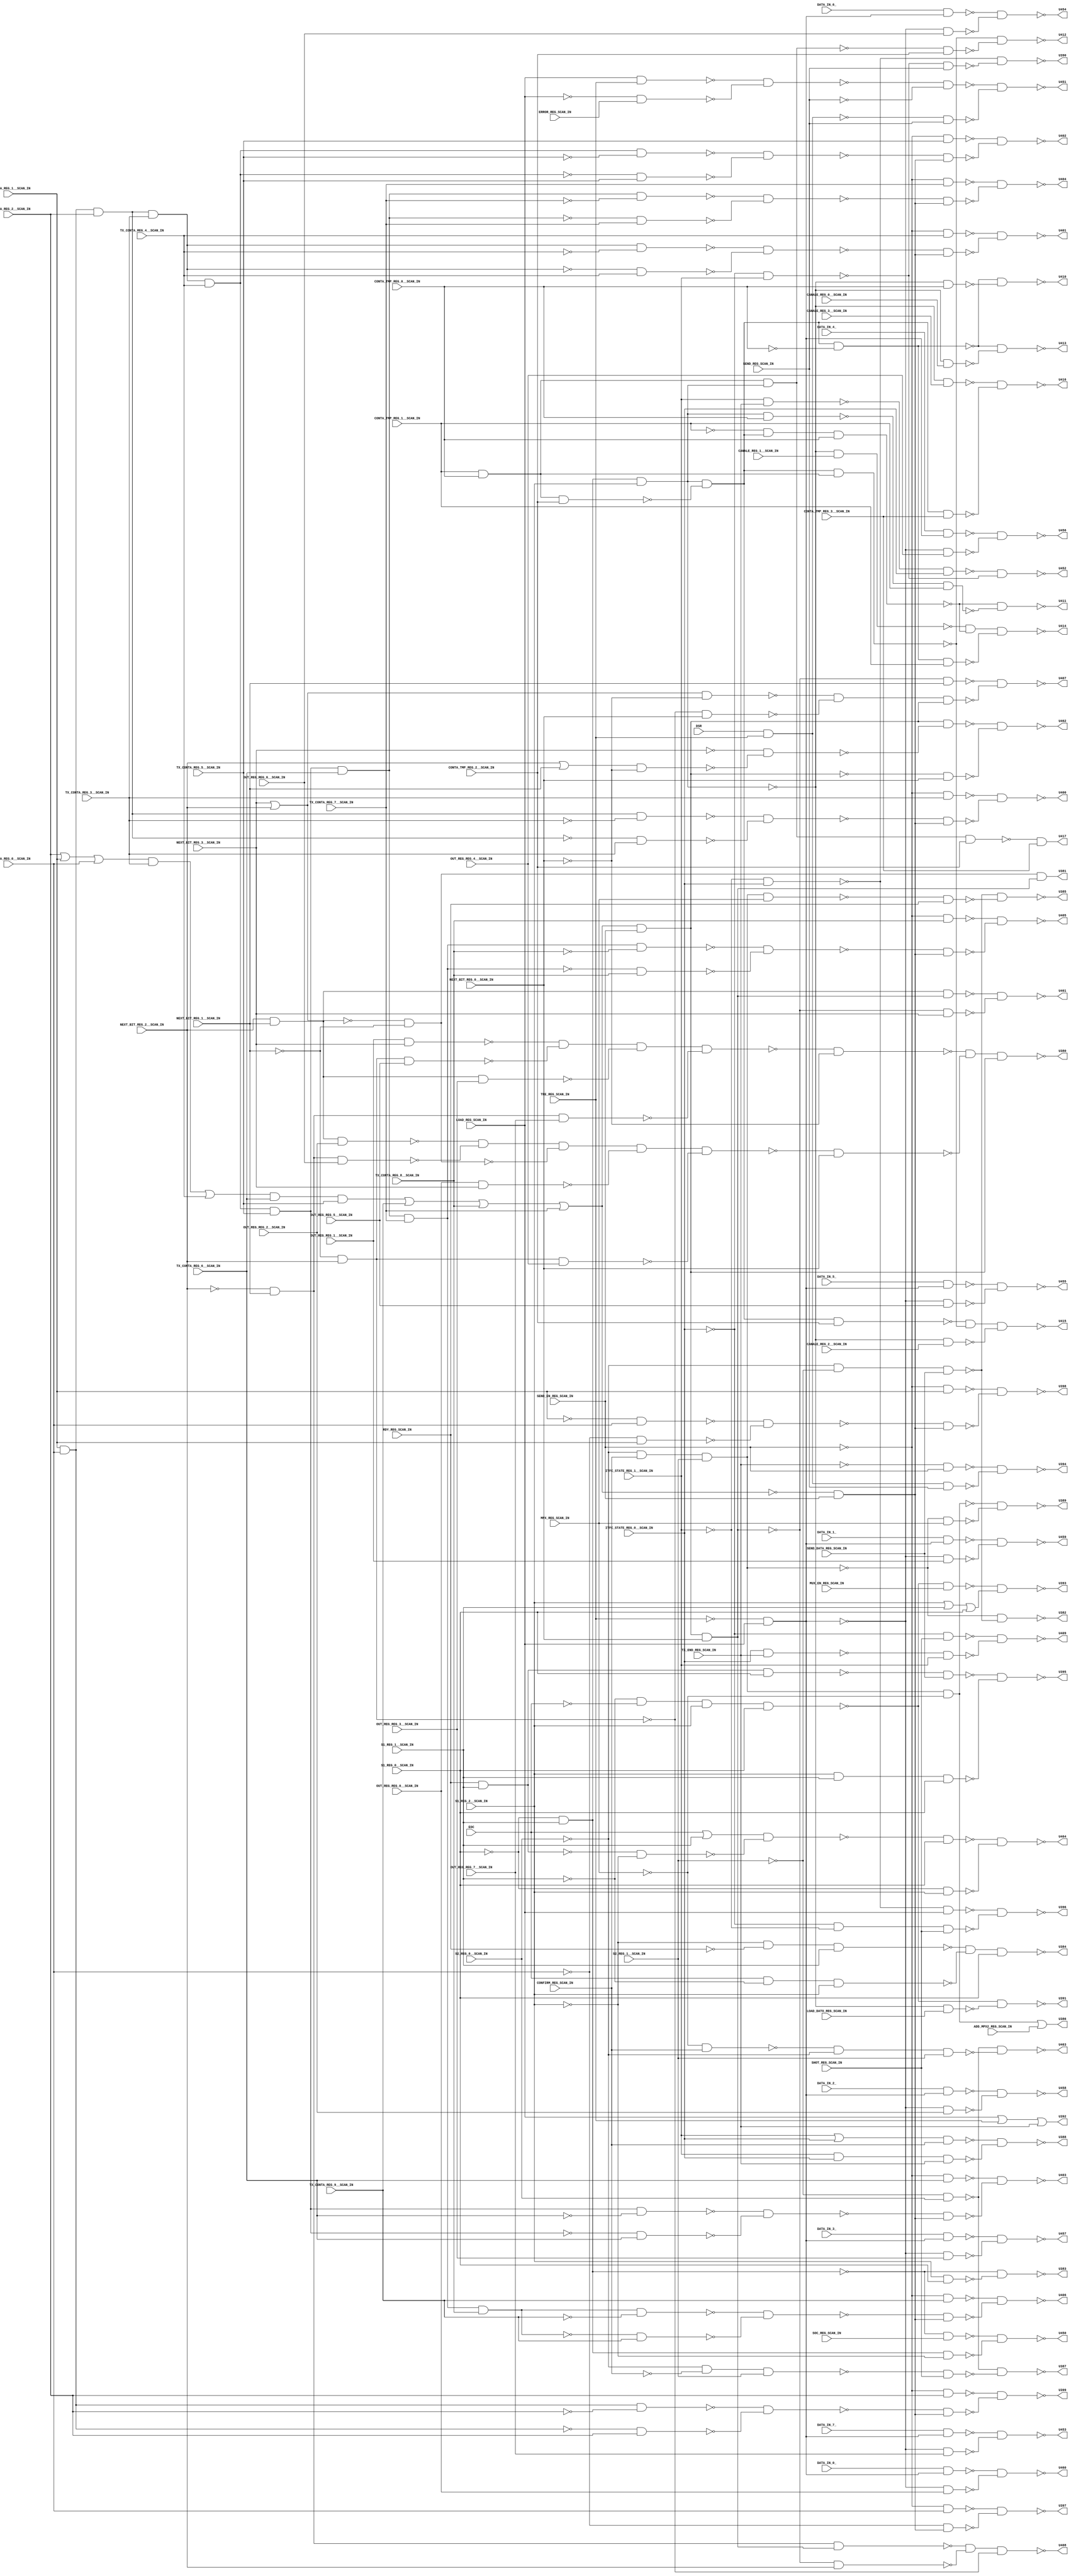
module b13_C( EOC, DATA_IN_7_, DATA_IN_6_, DATA_IN_5_, DATA_IN_4_, DATA_IN_3_, DATA_IN_2_, DATA_IN_1_, DATA_IN_0_, DSR, TX_END_REG_SCAN_IN, S2_REG_0__SCAN_IN, S2_REG_1__SCAN_IN, CANALE_REG_3__SCAN_IN, CANALE_REG_2__SCAN_IN, CANALE_REG_1__SCAN_IN, CANALE_REG_0__SCAN_IN, CONTA_TMP_REG_3__SCAN_IN, CONTA_TMP_REG_2__SCAN_IN, CONTA_TMP_REG_1__SCAN_IN, CONTA_TMP_REG_0__SCAN_IN, ITFC_STATE_REG_1__SCAN_IN, ITFC_STATE_REG_0__SCAN_IN, OUT_REG_REG_7__SCAN_IN, OUT_REG_REG_6__SCAN_IN, OUT_REG_REG_5__SCAN_IN, OUT_REG_REG_4__SCAN_IN, OUT_REG_REG_3__SCAN_IN, OUT_REG_REG_2__SCAN_IN, OUT_REG_REG_1__SCAN_IN, OUT_REG_REG_0__SCAN_IN, NEXT_BIT_REG_3__SCAN_IN, NEXT_BIT_REG_2__SCAN_IN, NEXT_BIT_REG_1__SCAN_IN, NEXT_BIT_REG_0__SCAN_IN, TX_CONTA_REG_9__SCAN_IN, TX_CONTA_REG_8__SCAN_IN, TX_CONTA_REG_7__SCAN_IN, TX_CONTA_REG_6__SCAN_IN, TX_CONTA_REG_5__SCAN_IN, TX_CONTA_REG_4__SCAN_IN, TX_CONTA_REG_3__SCAN_IN, TX_CONTA_REG_2__SCAN_IN, TX_CONTA_REG_1__SCAN_IN, TX_CONTA_REG_0__SCAN_IN, LOAD_REG_SCAN_IN, SEND_DATA_REG_SCAN_IN, SEND_EN_REG_SCAN_IN, MUX_EN_REG_SCAN_IN, TRE_REG_SCAN_IN, LOAD_DATO_REG_SCAN_IN, SOC_REG_SCAN_IN, SEND_REG_SCAN_IN, MPX_REG_SCAN_IN, CONFIRM_REG_SCAN_IN, SHOT_REG_SCAN_IN, ADD_MPX2_REG_SCAN_IN, RDY_REG_SCAN_IN, ERROR_REG_SCAN_IN, S1_REG_2__SCAN_IN, S1_REG_1__SCAN_IN, S1_REG_0__SCAN_IN, U380, U381, U382, U383, U384, U385, U386, U387, U388, U389, U390, U391, U392, U393, U394, U395, U396, U397, U398, U399, U400, U401, U402, U403, U404, U405, U406, U407, U408, U409, U410, U411, U412, U413, U414, U415, U416, U417, U450, U451, U452, U453, U454, U455, U456, U457, U458, U459, U460, U461, U462, U463, U464); 
input EOC, DATA_IN_7_, DATA_IN_6_, DATA_IN_5_, DATA_IN_4_, DATA_IN_3_, DATA_IN_2_, DATA_IN_1_, DATA_IN_0_, DSR, TX_END_REG_SCAN_IN, S2_REG_0__SCAN_IN, S2_REG_1__SCAN_IN, CANALE_REG_3__SCAN_IN, CANALE_REG_2__SCAN_IN, CANALE_REG_1__SCAN_IN, CANALE_REG_0__SCAN_IN, CONTA_TMP_REG_3__SCAN_IN, CONTA_TMP_REG_2__SCAN_IN, CONTA_TMP_REG_1__SCAN_IN, CONTA_TMP_REG_0__SCAN_IN, ITFC_STATE_REG_1__SCAN_IN, ITFC_STATE_REG_0__SCAN_IN, OUT_REG_REG_7__SCAN_IN, OUT_REG_REG_6__SCAN_IN, OUT_REG_REG_5__SCAN_IN, OUT_REG_REG_4__SCAN_IN, OUT_REG_REG_3__SCAN_IN, OUT_REG_REG_2__SCAN_IN, OUT_REG_REG_1__SCAN_IN, OUT_REG_REG_0__SCAN_IN, NEXT_BIT_REG_3__SCAN_IN, NEXT_BIT_REG_2__SCAN_IN, NEXT_BIT_REG_1__SCAN_IN, NEXT_BIT_REG_0__SCAN_IN, TX_CONTA_REG_9__SCAN_IN, TX_CONTA_REG_8__SCAN_IN, TX_CONTA_REG_7__SCAN_IN, TX_CONTA_REG_6__SCAN_IN, TX_CONTA_REG_5__SCAN_IN, TX_CONTA_REG_4__SCAN_IN, TX_CONTA_REG_3__SCAN_IN, TX_CONTA_REG_2__SCAN_IN, TX_CONTA_REG_1__SCAN_IN, TX_CONTA_REG_0__SCAN_IN, LOAD_REG_SCAN_IN, SEND_DATA_REG_SCAN_IN, SEND_EN_REG_SCAN_IN, MUX_EN_REG_SCAN_IN, TRE_REG_SCAN_IN, LOAD_DATO_REG_SCAN_IN, SOC_REG_SCAN_IN, SEND_REG_SCAN_IN, MPX_REG_SCAN_IN, CONFIRM_REG_SCAN_IN, SHOT_REG_SCAN_IN, ADD_MPX2_REG_SCAN_IN, RDY_REG_SCAN_IN, ERROR_REG_SCAN_IN, S1_REG_2__SCAN_IN, S1_REG_1__SCAN_IN, S1_REG_0__SCAN_IN; 
output U380, U381, U382, U383, U384, U385, U386, U387, U388, U389, U390, U391, U392, U393, U394, U395, U396, U397, U398, U399, U400, U401, U402, U403, U404, U405, U406, U407, U408, U409, U410, U411, U412, U413, U414, U415, U416, U417, U450, U451, U452, U453, U454, U455, U456, U457, U458, U459, U460, U461, U462, U463, U464; 
wire U375, U376, U377, U378, U379, U418, U419, U420, U421, U422, U423, U424, U425, U426, U427, U428, U429, U430, U431, U432, U433, U434, U435, U436, U437, U438, U439, U440, U441, U442, U443, U444, U445, U446, U447, U448, U449, U465, U466, U467, U468, U469, U470, U471, U472, U473, U474, U475, U476, U477, U478, U479, U480, U481, U482, U483, U484, U485, U486, U487, U488, U489, U490, U491, U492, U493, U494, U495, U496, U497, U498, U499, U500, U501, U502, U503, U504, U505, U506, U507, U508, U509, U510, U511, U512, U513, U514, U515, U516, U517, U518, U519, U520, U521, U522, U523, U524, U525, U526, U527, U528, U529, U530, U531, U532, U533, U534, U535, U536, U537, U538, U539, U540, U541, U542, U543, U544, U545, U546, U547, U548, U549, U550, U551, U552, U553, U554, U555, U556, U557, U558, U559, U560, U561, U562, U563, U564, U565, U566, U567, U568, U569, U570, U571, U572, U573, U574, U575, U576, U577, U578, U579, U580, U581, U582, U583, U584, U585, U586, U587, U588, U589, U590, U591, U592, U593, U594, U595, U596, U597, U598, U599, U600, U601, U602, U603, U604, U605, ADD_291_U5, ADD_291_U6, ADD_291_U7, ADD_291_U8, ADD_291_U9, ADD_291_U10, ADD_291_U11, ADD_291_U12, ADD_291_U13, ADD_291_U14, ADD_291_U15, ADD_291_U16, ADD_291_U17, ADD_291_U18, ADD_291_U19, ADD_291_U20, ADD_291_U21, ADD_291_U22, ADD_291_U23, ADD_291_U24, ADD_291_U25, ADD_291_U26, ADD_291_U27, ADD_291_U28, ADD_291_U29, ADD_291_U30, ADD_291_U31, ADD_291_U32, ADD_291_U33, ADD_291_U34, ADD_291_U35, ADD_291_U36, ADD_291_U37, ADD_291_U38, ADD_291_U39, ADD_291_U40, ADD_291_U41, ADD_291_U42, ADD_291_U43, ADD_291_U44, ADD_291_U45, ADD_291_U46, ADD_291_U47, ADD_291_U48, ADD_291_U49, ADD_291_U50, ADD_291_U51, ADD_291_U52, ADD_291_U53, ADD_291_U54, ADD_291_U55, ADD_291_U56, ADD_291_U57, GT_255_U6, GT_255_U7, GT_255_U8, GT_255_U9, GT_255_U10; 
assign U377 = NEXT_BIT_REG_2__SCAN_IN & NEXT_BIT_REG_1__SCAN_IN; 
assign U379 = CONTA_TMP_REG_1__SCAN_IN & CONTA_TMP_REG_0__SCAN_IN; 
assign U392 = LOAD_REG_SCAN_IN | TRE_REG_SCAN_IN | TX_END_REG_SCAN_IN; 
assign U418 = ~CONTA_TMP_REG_0__SCAN_IN; 
assign U419 = ~SEND_EN_REG_SCAN_IN; 
assign U422 = ~NEXT_BIT_REG_0__SCAN_IN; 
assign U424 = NEXT_BIT_REG_3__SCAN_IN | NEXT_BIT_REG_2__SCAN_IN; 
assign U425 = ~ITFC_STATE_REG_0__SCAN_IN; 
assign U426 = ~LOAD_REG_SCAN_IN; 
assign U427 = ~S1_REG_0__SCAN_IN; 
assign U428 = ~S1_REG_1__SCAN_IN; 
assign U429 = ~S1_REG_2__SCAN_IN; 
assign U430 = ~RDY_REG_SCAN_IN; 
assign U431 = ~(RDY_REG_SCAN_IN & S1_REG_1__SCAN_IN); 
assign U432 = ~SEND_REG_SCAN_IN; 
assign U433 = ~TRE_REG_SCAN_IN; 
assign U435 = ~ITFC_STATE_REG_1__SCAN_IN; 
assign U436 = ~S2_REG_1__SCAN_IN; 
assign U437 = ~CONFIRM_REG_SCAN_IN; 
assign U438 = ~MPX_REG_SCAN_IN; 
assign U440 = ~TX_END_REG_SCAN_IN; 
assign U441 = ~S2_REG_0__SCAN_IN; 
assign U442 = ~CONTA_TMP_REG_1__SCAN_IN; 
assign U445 = ~NEXT_BIT_REG_1__SCAN_IN; 
assign U446 = ~NEXT_BIT_REG_2__SCAN_IN; 
assign U447 = ~NEXT_BIT_REG_3__SCAN_IN; 
assign U449 = ~EOC; 
assign U485 = ~(S1_REG_2__SCAN_IN & S1_REG_1__SCAN_IN & S1_REG_0__SCAN_IN); 
assign U487 = ~(DSR & TRE_REG_SCAN_IN & SEND_REG_SCAN_IN); 
assign U490 = S1_REG_2__SCAN_IN | S1_REG_1__SCAN_IN | S1_REG_0__SCAN_IN; 
assign U500 = ITFC_STATE_REG_1__SCAN_IN | ITFC_STATE_REG_0__SCAN_IN; 
assign U501 = ~(ITFC_STATE_REG_1__SCAN_IN & ITFC_STATE_REG_0__SCAN_IN & TX_END_REG_SCAN_IN); 
assign U508 = ~(DSR & TRE_REG_SCAN_IN); 
assign U523 = ~(ITFC_STATE_REG_1__SCAN_IN & TX_END_REG_SCAN_IN); 
assign U524 = ~(ITFC_STATE_REG_0__SCAN_IN & TX_END_REG_SCAN_IN); 
assign U530 = NEXT_BIT_REG_2__SCAN_IN | NEXT_BIT_REG_1__SCAN_IN; 
assign U553 = ~(OUT_REG_REG_0__SCAN_IN & NEXT_BIT_REG_3__SCAN_IN); 
assign U558 = ~(OUT_REG_REG_1__SCAN_IN & NEXT_BIT_REG_3__SCAN_IN); 
assign U561 = ~(S1_REG_2__SCAN_IN & S1_REG_0__SCAN_IN); 
assign U563 = EOC | S1_REG_1__SCAN_IN; 
assign U568 = ~(LOAD_REG_SCAN_IN & TRE_REG_SCAN_IN); 
assign ADD_291_U5 = ~TX_CONTA_REG_0__SCAN_IN; 
assign ADD_291_U6 = ~TX_CONTA_REG_1__SCAN_IN; 
assign ADD_291_U7 = ~(TX_CONTA_REG_1__SCAN_IN & TX_CONTA_REG_0__SCAN_IN); 
assign ADD_291_U8 = ~TX_CONTA_REG_2__SCAN_IN; 
assign ADD_291_U10 = ~TX_CONTA_REG_3__SCAN_IN; 
assign ADD_291_U12 = ~TX_CONTA_REG_4__SCAN_IN; 
assign ADD_291_U14 = ~TX_CONTA_REG_5__SCAN_IN; 
assign ADD_291_U16 = ~TX_CONTA_REG_6__SCAN_IN; 
assign ADD_291_U18 = ~TX_CONTA_REG_7__SCAN_IN; 
assign ADD_291_U20 = ~TX_CONTA_REG_8__SCAN_IN; 
assign ADD_291_U30 = ~TX_CONTA_REG_9__SCAN_IN; 
assign GT_255_U9 = TX_CONTA_REG_2__SCAN_IN | TX_CONTA_REG_1__SCAN_IN | TX_CONTA_REG_0__SCAN_IN; 
assign U378 = U446 & NEXT_BIT_REG_1__SCAN_IN; 
assign U434 = ~(U427 & S1_REG_1__SCAN_IN); 
assign U439 = ~(U441 & CONFIRM_REG_SCAN_IN & S2_REG_1__SCAN_IN); 
assign U448 = ~(U445 & NEXT_BIT_REG_2__SCAN_IN); 
assign U465 = ~(U433 & LOAD_REG_SCAN_IN); 
assign U472 = ~(U441 & U436 & SEND_DATA_REG_SCAN_IN); 
assign U473 = ~U424; 
assign U477 = ~(U419 & TX_CONTA_REG_1__SCAN_IN); 
assign U479 = ~(U419 & TX_CONTA_REG_0__SCAN_IN); 
assign U480 = ~(U435 & ITFC_STATE_REG_0__SCAN_IN); 
assign U481 = ~(U425 & U435 & SHOT_REG_SCAN_IN); 
assign U483 = ~U431; 
assign U488 = ~(U440 & SEND_EN_REG_SCAN_IN); 
assign U489 = ~(U428 & U449 & S1_REG_2__SCAN_IN & S1_REG_0__SCAN_IN); 
assign U495 = ~(U425 & ITFC_STATE_REG_1__SCAN_IN); 
assign U497 = ~(U435 & ITFC_STATE_REG_0__SCAN_IN); 
assign U502 = ~(U500 & CONFIRM_REG_SCAN_IN); 
assign U503 = ~(U441 & U437 & S2_REG_1__SCAN_IN); 
assign U505 = ~(U436 & S2_REG_0__SCAN_IN); 
assign U509 = ~(U379 & CONTA_TMP_REG_2__SCAN_IN); 
assign U525 = ~(U524 & ITFC_STATE_REG_1__SCAN_IN); 
assign U526 = ~(U425 & SHOT_REG_SCAN_IN); 
assign U531 = ~(U530 & U422); 
assign U534 = ~(U419 & TX_CONTA_REG_9__SCAN_IN); 
assign U536 = ~(U419 & TX_CONTA_REG_8__SCAN_IN); 
assign U538 = ~(U419 & TX_CONTA_REG_7__SCAN_IN); 
assign U540 = ~(U419 & TX_CONTA_REG_6__SCAN_IN); 
assign U542 = ~(U419 & TX_CONTA_REG_5__SCAN_IN); 
assign U544 = ~(U419 & TX_CONTA_REG_4__SCAN_IN); 
assign U546 = ~(U419 & TX_CONTA_REG_3__SCAN_IN); 
assign U548 = ~(U419 & TX_CONTA_REG_2__SCAN_IN); 
assign U550 = ~(U377 & OUT_REG_REG_2__SCAN_IN); 
assign U556 = ~(U377 & OUT_REG_REG_3__SCAN_IN); 
assign U560 = ~(U438 & CONFIRM_REG_SCAN_IN); 
assign U562 = ~(U431 & U429); 
assign U567 = ~(U426 & ERROR_REG_SCAN_IN); 
assign U570 = ~(U508 & SEND_REG_SCAN_IN); 
assign U572 = ~(U425 & ITFC_STATE_REG_1__SCAN_IN); 
assign U573 = ~(U523 & ITFC_STATE_REG_0__SCAN_IN); 
assign U595 = ~(U424 & U422); 
assign U601 = ~(U436 & S2_REG_0__SCAN_IN); 
assign U602 = ~(U427 & S1_REG_2__SCAN_IN); 
assign U604 = ~(EOC & U428 & S1_REG_2__SCAN_IN); 
assign U605 = ~(U429 & U430 & S1_REG_1__SCAN_IN); 
assign ADD_291_U32 = ~ADD_291_U7; 
assign ADD_291_U54 = ~(ADD_291_U7 & TX_CONTA_REG_2__SCAN_IN); 
assign ADD_291_U56 = ~(ADD_291_U5 & TX_CONTA_REG_1__SCAN_IN); 
assign ADD_291_U57 = ~(ADD_291_U6 & TX_CONTA_REG_0__SCAN_IN); 
assign GT_255_U7 = GT_255_U9 & TX_CONTA_REG_3__SCAN_IN; 
assign U382 = ~(U439 & U472); 
assign U383 = ~(U434 & U561); 
assign U384 = ~(U605 & U604 & S1_REG_0__SCAN_IN); 
assign U388 = ~(U502 & U501); 
assign U394 = ~(U488 & U487); 
assign U409 = ~(U526 & U525); 
assign U452 = ~(U573 & U572); 
assign U471 = ~U448; 
assign U482 = ~(U480 & LOAD_REG_SCAN_IN); 
assign U484 = ~(U483 & S1_REG_0__SCAN_IN); 
assign U491 = ~(U489 & MUX_EN_REG_SCAN_IN); 
assign U492 = ~U434; 
assign U496 = ~(U495 & SEND_REG_SCAN_IN); 
assign U498 = ~U439; 
assign U499 = ~(U439 & MPX_REG_SCAN_IN); 
assign U504 = ~(U503 & SHOT_REG_SCAN_IN); 
assign U527 = ~U465; 
assign U532 = ~(U447 & U531); 
assign U549 = ~(U378 & OUT_REG_REG_6__SCAN_IN); 
assign U551 = ~(U473 & U445); 
assign U555 = ~(U378 & OUT_REG_REG_7__SCAN_IN); 
assign U564 = ~(U563 & U562); 
assign U566 = ~(U434 & SOC_REG_SCAN_IN); 
assign U569 = ~(U568 & U567); 
assign U574 = ~(U465 & OUT_REG_REG_7__SCAN_IN); 
assign U576 = ~(U465 & OUT_REG_REG_6__SCAN_IN); 
assign U578 = ~(U465 & OUT_REG_REG_5__SCAN_IN); 
assign U580 = ~(U465 & OUT_REG_REG_4__SCAN_IN); 
assign U582 = ~(U465 & OUT_REG_REG_3__SCAN_IN); 
assign U584 = ~(U465 & OUT_REG_REG_2__SCAN_IN); 
assign U586 = ~(U465 & OUT_REG_REG_1__SCAN_IN); 
assign U588 = ~(U465 & OUT_REG_REG_0__SCAN_IN); 
assign U594 = ~(U448 & NEXT_BIT_REG_0__SCAN_IN); 
assign U600 = ~(U560 & U441 & S2_REG_1__SCAN_IN); 
assign ADD_291_U9 = ~(ADD_291_U32 & TX_CONTA_REG_2__SCAN_IN); 
assign ADD_291_U29 = ~(ADD_291_U57 & ADD_291_U56); 
assign ADD_291_U55 = ~(ADD_291_U32 & ADD_291_U8); 
assign GT_255_U10 = GT_255_U7 | TX_CONTA_REG_4__SCAN_IN; 
assign U387 = ~(U505 & U504); 
assign U390 = ~(U497 & U496); 
assign U393 = ~(U491 & U490); 
assign U396 = ~(U482 & U481); 
assign U443 = ~(U492 & S1_REG_2__SCAN_IN); 
assign U463 = ~(U601 & U600); 
assign U466 = ~(U498 & U438); 
assign U486 = ~(U484 & SEND_DATA_REG_SCAN_IN); 
assign U506 = ~(U498 & MPX_REG_SCAN_IN); 
assign U552 = ~(U471 & OUT_REG_REG_4__SCAN_IN); 
assign U557 = ~(U471 & OUT_REG_REG_5__SCAN_IN); 
assign U565 = ~(U492 & U429); 
assign U571 = ~(U569 & U432); 
assign U575 = ~(DATA_IN_7_ & U527); 
assign U577 = ~(DATA_IN_6_ & U527); 
assign U579 = ~(DATA_IN_5_ & U527); 
assign U581 = ~(DATA_IN_4_ & U527); 
assign U583 = ~(DATA_IN_3_ & U527); 
assign U585 = ~(DATA_IN_2_ & U527); 
assign U587 = ~(DATA_IN_1_ & U527); 
assign U589 = ~(DATA_IN_0_ & U527); 
assign U603 = ~(U564 & S1_REG_0__SCAN_IN); 
assign ADD_291_U28 = ~(ADD_291_U55 & ADD_291_U54); 
assign ADD_291_U33 = ~ADD_291_U9; 
assign ADD_291_U52 = ~(ADD_291_U9 & TX_CONTA_REG_3__SCAN_IN); 
assign GT_255_U8 = GT_255_U10 & TX_CONTA_REG_6__SCAN_IN & TX_CONTA_REG_5__SCAN_IN; 
assign U389 = ~(U466 & U499); 
assign U395 = ~(U486 & U485); 
assign U450 = ~(U566 & U565); 
assign U451 = ~(U571 & U570); 
assign U453 = ~(U575 & U574); 
assign U454 = ~(U577 & U576); 
assign U455 = ~(U579 & U578); 
assign U456 = ~(U581 & U580); 
assign U457 = ~(U583 & U582); 
assign U458 = ~(U585 & U584); 
assign U459 = ~(U587 & U586); 
assign U460 = ~(U589 & U588); 
assign U464 = ~(U603 & U602); 
assign U467 = ~U466; 
assign U493 = ~U443; 
assign U494 = ~(U443 & LOAD_DATO_REG_SCAN_IN); 
assign U507 = ~(U506 & RDY_REG_SCAN_IN); 
assign U511 = ~(U443 & CANALE_REG_3__SCAN_IN); 
assign U513 = ~(U443 & CANALE_REG_2__SCAN_IN); 
assign U515 = ~(U443 & CANALE_REG_1__SCAN_IN); 
assign U516 = ~(U443 & CANALE_REG_0__SCAN_IN); 
assign U522 = ~(U443 & CONTA_TMP_REG_0__SCAN_IN); 
assign U554 = ~(U550 & U549 & U551 & U553 & U552); 
assign U559 = ~(U558 & U557 & U556 & U555); 
assign ADD_291_U11 = ~(ADD_291_U33 & TX_CONTA_REG_3__SCAN_IN); 
assign ADD_291_U53 = ~(ADD_291_U33 & ADD_291_U10); 
assign GT_255_U6 = GT_255_U8 | TX_CONTA_REG_9__SCAN_IN | TX_CONTA_REG_8__SCAN_IN | TX_CONTA_REG_7__SCAN_IN; 
assign U376 = U493 & U509; 
assign U385 = ~(U472 & U507); 
assign U386 = U467 | ADD_MPX2_REG_SCAN_IN; 
assign U391 = ~(U489 & U494); 
assign U420 = ~GT_255_U6; 
assign U421 = ~(GT_255_U6 & SEND_EN_REG_SCAN_IN); 
assign U517 = ~(U379 & U493 & CONTA_TMP_REG_2__SCAN_IN); 
assign U518 = ~(U493 & U379); 
assign U520 = ~(U493 & CONTA_TMP_REG_0__SCAN_IN); 
assign U598 = ~(U554 & NEXT_BIT_REG_0__SCAN_IN); 
assign U599 = ~(U559 & U422); 
assign ADD_291_U27 = ~(ADD_291_U53 & ADD_291_U52); 
assign ADD_291_U34 = ~ADD_291_U11; 
assign ADD_291_U50 = ~(ADD_291_U11 & TX_CONTA_REG_4__SCAN_IN); 
assign U375 = U420 & SEND_EN_REG_SCAN_IN; 
assign U417 = U517 & CONTA_TMP_REG_3__SCAN_IN; 
assign U444 = ~(U376 & U418); 
assign U468 = ~(U442 & U376 & CONTA_TMP_REG_0__SCAN_IN); 
assign U469 = ~(U376 & U379); 
assign U474 = ~U421; 
assign U510 = ~(U376 & CONTA_TMP_REG_3__SCAN_IN); 
assign U512 = ~(U376 & CONTA_TMP_REG_2__SCAN_IN); 
assign U519 = ~(U518 & CONTA_TMP_REG_2__SCAN_IN); 
assign U521 = ~(U520 & CONTA_TMP_REG_1__SCAN_IN); 
assign U596 = ~(U421 & NEXT_BIT_REG_0__SCAN_IN); 
assign ADD_291_U13 = ~(ADD_291_U34 & TX_CONTA_REG_4__SCAN_IN); 
assign ADD_291_U51 = ~(ADD_291_U34 & ADD_291_U12); 
assign U380 = ~(U599 & U598 & U474); 
assign U410 = ~(U444 & U522); 
assign U411 = ~(U468 & U521); 
assign U412 = ~(U469 & U519); 
assign U413 = ~(U444 & U516); 
assign U415 = ~(U512 & U469 & U513); 
assign U416 = ~(U511 & U510); 
assign U423 = ~(U474 & NEXT_BIT_REG_0__SCAN_IN); 
assign U470 = ~U444; 
assign U476 = ~(ADD_291_U29 & U375); 
assign U478 = ~(ADD_291_U5 & U375); 
assign U528 = ~(U595 & U594 & U474); 
assign U545 = ~(ADD_291_U27 & U375); 
assign U547 = ~(ADD_291_U28 & U375); 
assign U597 = ~(U474 & U532); 
assign ADD_291_U26 = ~(ADD_291_U51 & ADD_291_U50); 
assign ADD_291_U35 = ~ADD_291_U13; 
assign ADD_291_U48 = ~(ADD_291_U13 & TX_CONTA_REG_5__SCAN_IN); 
assign U397 = ~(U479 & U478); 
assign U398 = ~(U477 & U476); 
assign U399 = ~(U548 & U547); 
assign U400 = ~(U546 & U545); 
assign U462 = ~(U597 & U596); 
assign U475 = ~U423; 
assign U514 = ~(U470 & CONTA_TMP_REG_1__SCAN_IN); 
assign U529 = ~(U423 & NEXT_BIT_REG_1__SCAN_IN); 
assign U543 = ~(ADD_291_U26 & U375); 
assign U590 = ~(U423 & NEXT_BIT_REG_3__SCAN_IN); 
assign U592 = ~(U423 & NEXT_BIT_REG_2__SCAN_IN); 
assign ADD_291_U15 = ~(ADD_291_U35 & TX_CONTA_REG_5__SCAN_IN); 
assign ADD_291_U49 = ~(ADD_291_U35 & ADD_291_U14); 
assign U381 = U473 & U445 & U475; 
assign U401 = ~(U544 & U543); 
assign U407 = ~(U529 & U528); 
assign U414 = ~(U515 & U468 & U514); 
assign U591 = ~(U377 & U475); 
assign U593 = ~(U378 & U475); 
assign ADD_291_U25 = ~(ADD_291_U49 & ADD_291_U48); 
assign ADD_291_U36 = ~ADD_291_U15; 
assign ADD_291_U46 = ~(ADD_291_U15 & TX_CONTA_REG_6__SCAN_IN); 
assign U408 = ~(U593 & U592 & U448); 
assign U461 = ~(U591 & U590); 
assign U541 = ~(ADD_291_U25 & U375); 
assign ADD_291_U17 = ~(ADD_291_U36 & TX_CONTA_REG_6__SCAN_IN); 
assign ADD_291_U47 = ~(ADD_291_U36 & ADD_291_U16); 
assign U402 = ~(U542 & U541); 
assign ADD_291_U24 = ~(ADD_291_U47 & ADD_291_U46); 
assign ADD_291_U37 = ~ADD_291_U17; 
assign ADD_291_U44 = ~(ADD_291_U17 & TX_CONTA_REG_7__SCAN_IN); 
assign U539 = ~(ADD_291_U24 & U375); 
assign ADD_291_U19 = ~(ADD_291_U37 & TX_CONTA_REG_7__SCAN_IN); 
assign ADD_291_U45 = ~(ADD_291_U37 & ADD_291_U18); 
assign U403 = ~(U540 & U539); 
assign ADD_291_U23 = ~(ADD_291_U45 & ADD_291_U44); 
assign ADD_291_U38 = ~ADD_291_U19; 
assign ADD_291_U42 = ~(ADD_291_U19 & TX_CONTA_REG_8__SCAN_IN); 
assign U537 = ~(ADD_291_U23 & U375); 
assign ADD_291_U31 = ~(ADD_291_U38 & TX_CONTA_REG_8__SCAN_IN); 
assign ADD_291_U43 = ~(ADD_291_U38 & ADD_291_U20); 
assign U404 = ~(U538 & U537); 
assign ADD_291_U22 = ~(ADD_291_U43 & ADD_291_U42); 
assign ADD_291_U39 = ~ADD_291_U31; 
assign ADD_291_U40 = ~(ADD_291_U31 & TX_CONTA_REG_9__SCAN_IN); 
assign U535 = ~(ADD_291_U22 & U375); 
assign ADD_291_U41 = ~(ADD_291_U39 & ADD_291_U30); 
assign U405 = ~(U536 & U535); 
assign ADD_291_U21 = ~(ADD_291_U41 & ADD_291_U40); 
assign U533 = ~(ADD_291_U21 & U375); 
assign U406 = ~(U534 & U533); 
endmodule